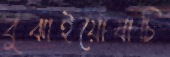
বুঝাইয়োযাচি